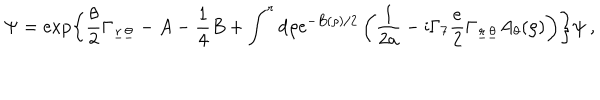
\Psi = \exp \left\{ \frac { \theta } { 2 } \Gamma _ { \underline { { { r } } } \underline { { { \theta } } } } - A - { \frac { 1 } { 4 } } B + \int ^ { r } \mathrm { d } \rho \mathrm { e } ^ { - B ( \rho ) / 2 } \left( { \frac { 1 } { 2 a } } - \mathrm { i } \Gamma _ { 7 } { \frac { e } { 2 } } \Gamma _ { \underline { { { r } } } \underline { { { \theta } } } } A _ { \theta } ( \rho ) \right) \right\} \psi ~ ,